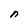
Character: n